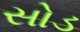
સોડ